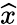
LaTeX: \widehat{x}